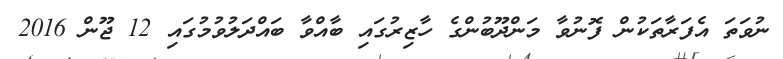
ނުވަތަ އެފަރާތަކުން ފޮނުވާ މަންދޫބުންގެ ހާޒިރުގައި ބާއްވާ ބައްދަލުވުމުގައި 12 ޖޫން 2016